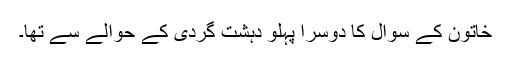
خاتون کے سوال کا دوسرا پہلو دہشت گردی کے حوالے سے تھا۔